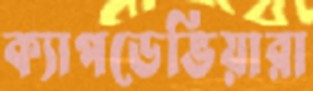
ক্যাপডেভিয়ারা